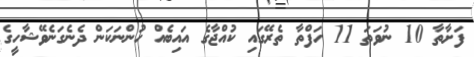
ފަށާތާ 10 ނުވަތަ 11 ހަފްތާ ތެރޭގައި ކުއްޖާގެ އައިބެއް ހުންނަކަން ދެނެގަނެވޭޝާހީގެ